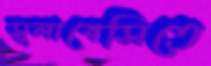
সুলাবেসিতে